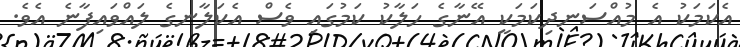
އެކަމަކު އެ މުއްސަނދިކަމަކީ އޭނާގެ ހަލާކު ކަމުގައި ވެސް އެކަލާނގެ ލައްވައިފާނެ އެވެ.